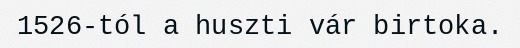
1526-tól a huszti vár birtoka.